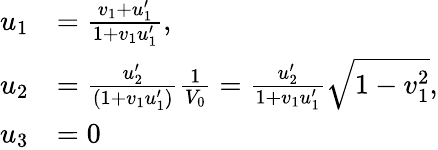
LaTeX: {\begin{array}{rl}{u_{1}}&{={\frac{v_{1}+u_{1}^{\prime}}{1+v_{1}u_{1}^{\prime}}},}\\ {u_{2}}&{={\frac{u_{2}^{\prime}}{(1+v_{1}u_{1}^{\prime})}}{\frac{1}{V_{0}}}={\frac{u_{2}^{\prime}}{1+v_{1}u_{1}^{\prime}}}{\sqrt{1-v_{1}^{2}}},}\\ {u_{3}}&{=0}\end{array}}